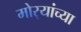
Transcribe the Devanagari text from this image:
मोर्‍यांच्या